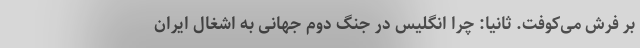
بر فرش می‌کوفت. ثانیا: چرا انگلیس در جنگ دوم جهانی به اشغال ایران